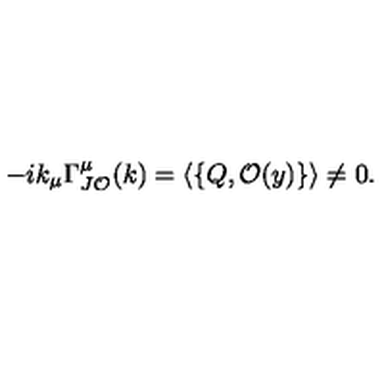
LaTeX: - i k _ { \mu } \Gamma _ { J \mathcal { O } } ^ { \mu } ( k ) = \langle \left\{ Q , \mathcal { O } ( y ) \right\} \rangle \neq 0 .